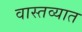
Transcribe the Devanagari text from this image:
वास्‍तव्‍यात